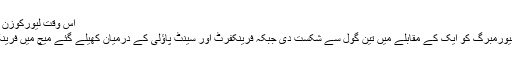
اس وقت لیورکوزن کے 55 پوائنٹس ہیں اور سرفہرست ٹیم ڈورٹمنڈ کے 62
ہفتے کے روز کھیلے گئے دیگر میچوں میں بریمن نے نیورمبرگ کو ایک کے مقابلے میں تین گول سے شکست دی جبکہ فرینکفرٹ اور سینٹ پاؤلی کے درمیان کھیلے گئے میچ میں فرینکفرٹ کو ایک کے مقابلے میں دوگول سے کامیابی ہوئی۔